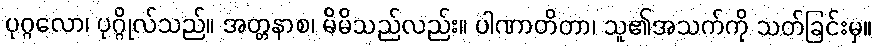
ပုဂ္ဂလော၊ ပုဂ္ဂိုလ်သည်။ အတ္တနာစ၊ မိမိသည်လည်း။ ပါဏာတိတာ၊ သူ၏အသက်ကို သတ်ခြင်းမှ။